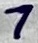
Text: 7